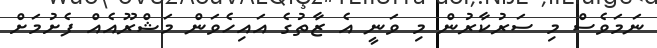
ނަމަވެސް މި ސަރުކާރުން މި ވަނީ އެ ޒާތުގެ އައިހެވަން މަޝްރޫއެއް ފެށުމަށް